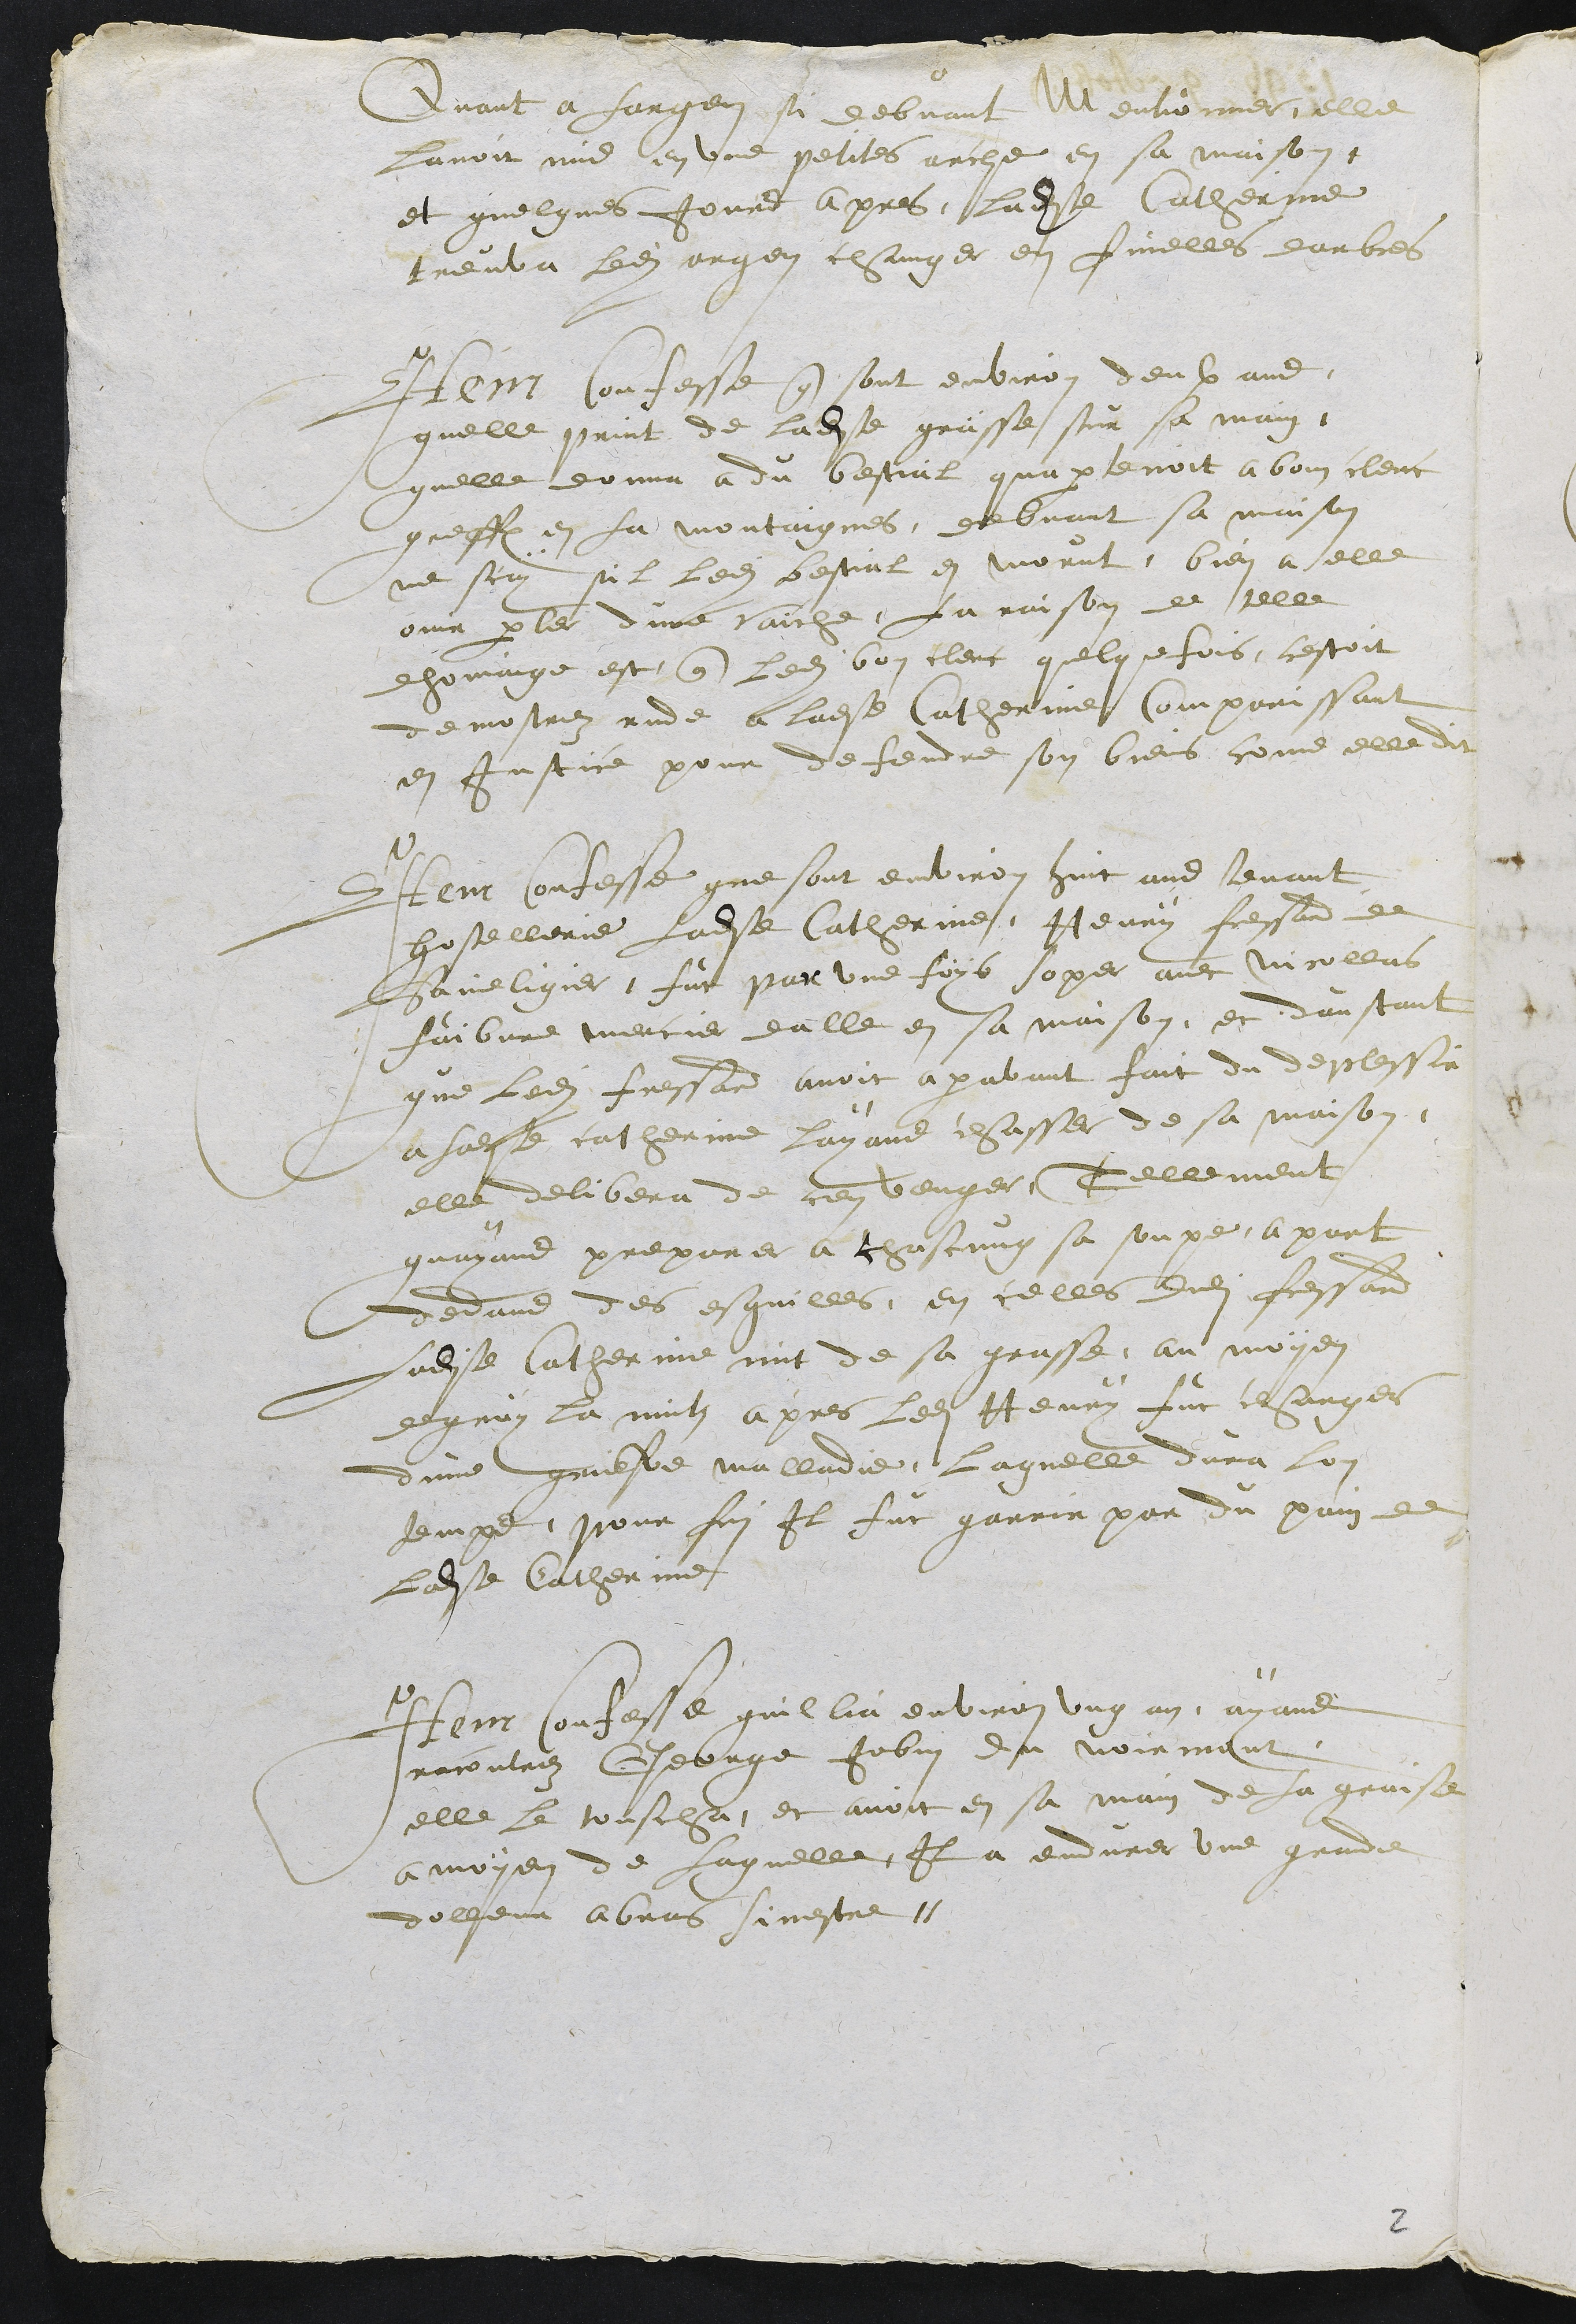
Quant a largen si debvant Mentionner, elle
Lavoit mis en une petites arche en sa maison
et quelques jours apres, ladite Catherine
treuva ledit argen changer en fuielles darbres
Item confesse que sont environ deulx ans
quelle print de ladite grasse sur sa main
quelle donna a du bestial quapartenoit a bom clerc
greff en la montaignes, debvant sa maison
ne scay sil ledit bestial en morut, bien a elle
ouir parler dune vaiche, La raison de telle
dhomaige est que ledit bon clerc quelque fois, cestoit
demostrez rude a ladite Catherine comparissant
en justice pour defendre son biens, come elle dit
Item confesse que sont environ huit ans tenant
hostellerie ladite Catherinne, Henry fressard de
Saineligier, fut par une foys soper avec Nicollas
faibvre mercier dalle en sa maison, et daustant
que ledit fressard avoit aparavant fait du deplessir
a ladite catherine layans chasser de sa maison,
elle delibera de cen venger, Tellement
quayans preparer a chascung sa soupe, apart
dedans des esquilles, en celles dudit fressard
ladite Catherinne mit de sa grasse, au moyen
de quoy la nuitz apres ledit Henry fut charger
dune griefve malladie, Laquelle dura lon
temps, pour fin Il fut garrir par du pain de
ladite Catherine
Item confesse quil lia environ ung an, ayans
racontrez George Jobin du noirmont
elle le touscha, et avoit en sa main de la graisse
a moyen de laquelle il a endurer une grande
dolleur a bras sinestre.

2